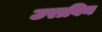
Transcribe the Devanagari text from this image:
उराविन